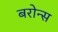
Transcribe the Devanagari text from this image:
बरोन्स